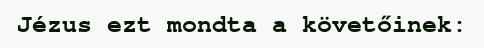
Jézus ezt mondta a követőinek: